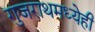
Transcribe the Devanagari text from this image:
गुजराथमध्येही